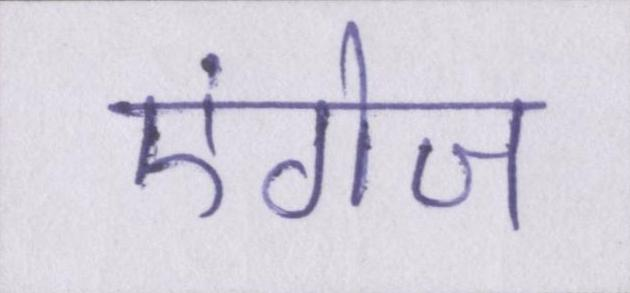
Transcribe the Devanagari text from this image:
एंगेज